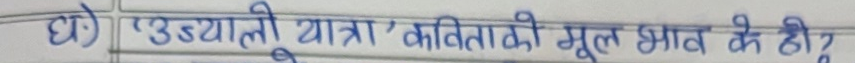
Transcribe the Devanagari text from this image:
हो) 'उद्यांती यात्रा' कविताको मूल भाव के हो?